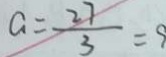
a = \frac { 2 7 } { 3 } = 9